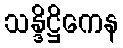
သန္ဒိဋ္ဌိကေန